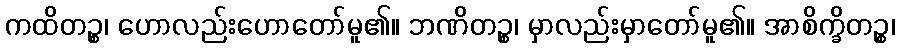
ကထိတဉ္စ၊ ဟောလည်းဟောတော်မူ၏။ ဘဏိတဉ္စ၊ မှာလည်းမှာတော်မူ၏။ အာစိက္ခိတဉ္စ၊